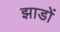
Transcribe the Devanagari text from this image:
झाडों